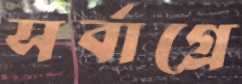
সর্বাগ্রে